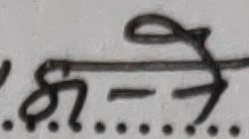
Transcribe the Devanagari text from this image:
ले